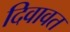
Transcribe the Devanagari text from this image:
दिवावत